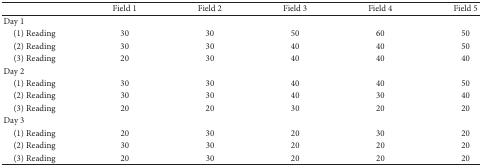
<table><thead><tr><td><b> </b></td><td><b>Field 1</b></td><td><b>Field 2</b></td><td><b>Field 3</b></td><td><b>Field 4</b></td><td><b>Field 5</b></td></tr></thead><tbody><tr><td>Day 1</td><td> </td><td> </td><td> </td><td> </td><td> </td></tr><tr><td> (1) Reading</td><td>30</td><td>30</td><td>50</td><td>60</td><td>50</td></tr><tr><td> (2) Reading</td><td>30</td><td>30</td><td>40</td><td>40</td><td>50</td></tr><tr><td> (3) Reading</td><td>20</td><td>30</td><td>40</td><td>40</td><td>40</td></tr><tr><td>Day 2</td><td> </td><td> </td><td> </td><td> </td><td> </td></tr><tr><td> (1) Reading</td><td>30</td><td>30</td><td>40</td><td>40</td><td>50</td></tr><tr><td> (2) Reading</td><td>30</td><td>30</td><td>40</td><td>30</td><td>40</td></tr><tr><td> (3) Reading</td><td>20</td><td>20</td><td>30</td><td>20</td><td>20</td></tr><tr><td>Day 3</td><td> </td><td> </td><td> </td><td> </td><td> </td></tr><tr><td> (1) Reading</td><td>20</td><td>30</td><td>20</td><td>30</td><td>20</td></tr><tr><td> (2) Reading</td><td>30</td><td>30</td><td>20</td><td>20</td><td>20</td></tr><tr><td> (3) Reading</td><td>20</td><td>30</td><td>20</td><td>20</td><td>20</td></tr></tbody></table>